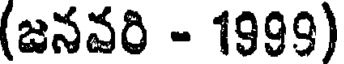
(జనవరి - 1999)